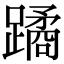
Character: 蹫